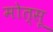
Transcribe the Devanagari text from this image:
मोत्सू